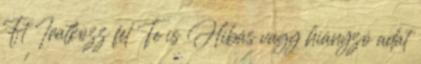
Ft Iratkozz fel Te is Hibás vagy hiányzó adat